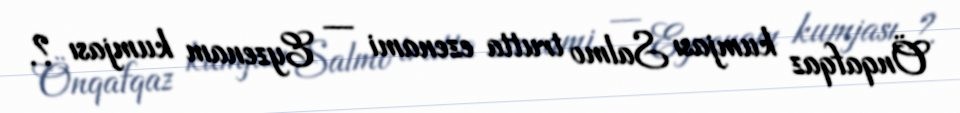
Önqafqaz kumjası Salmo trutta ezenami — Eyzenam kumjası ?.